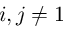
i , j \neq 1